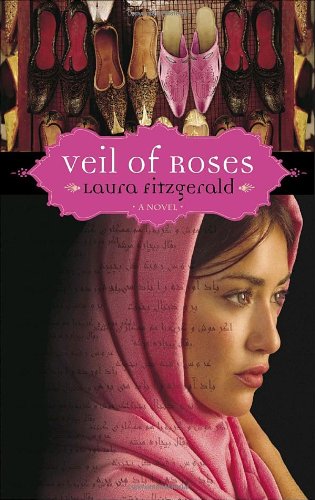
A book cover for Veil of Roses; Laura Fitzgerald; Romance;